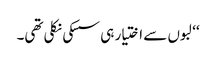
‘‘ لبوں سے اختیار ہی سسکی نکلی تھی۔